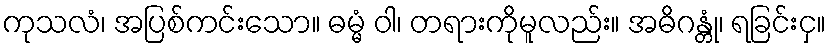
ကုသလံ၊ အပြစ်ကင်းသော။ ဓမ္မံ ဝါ၊ တရားကိုမူလည်း။ အဓိဂန္တုံ၊ ရခြင်းငှ။